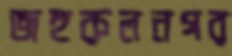
জহুরুলনগর